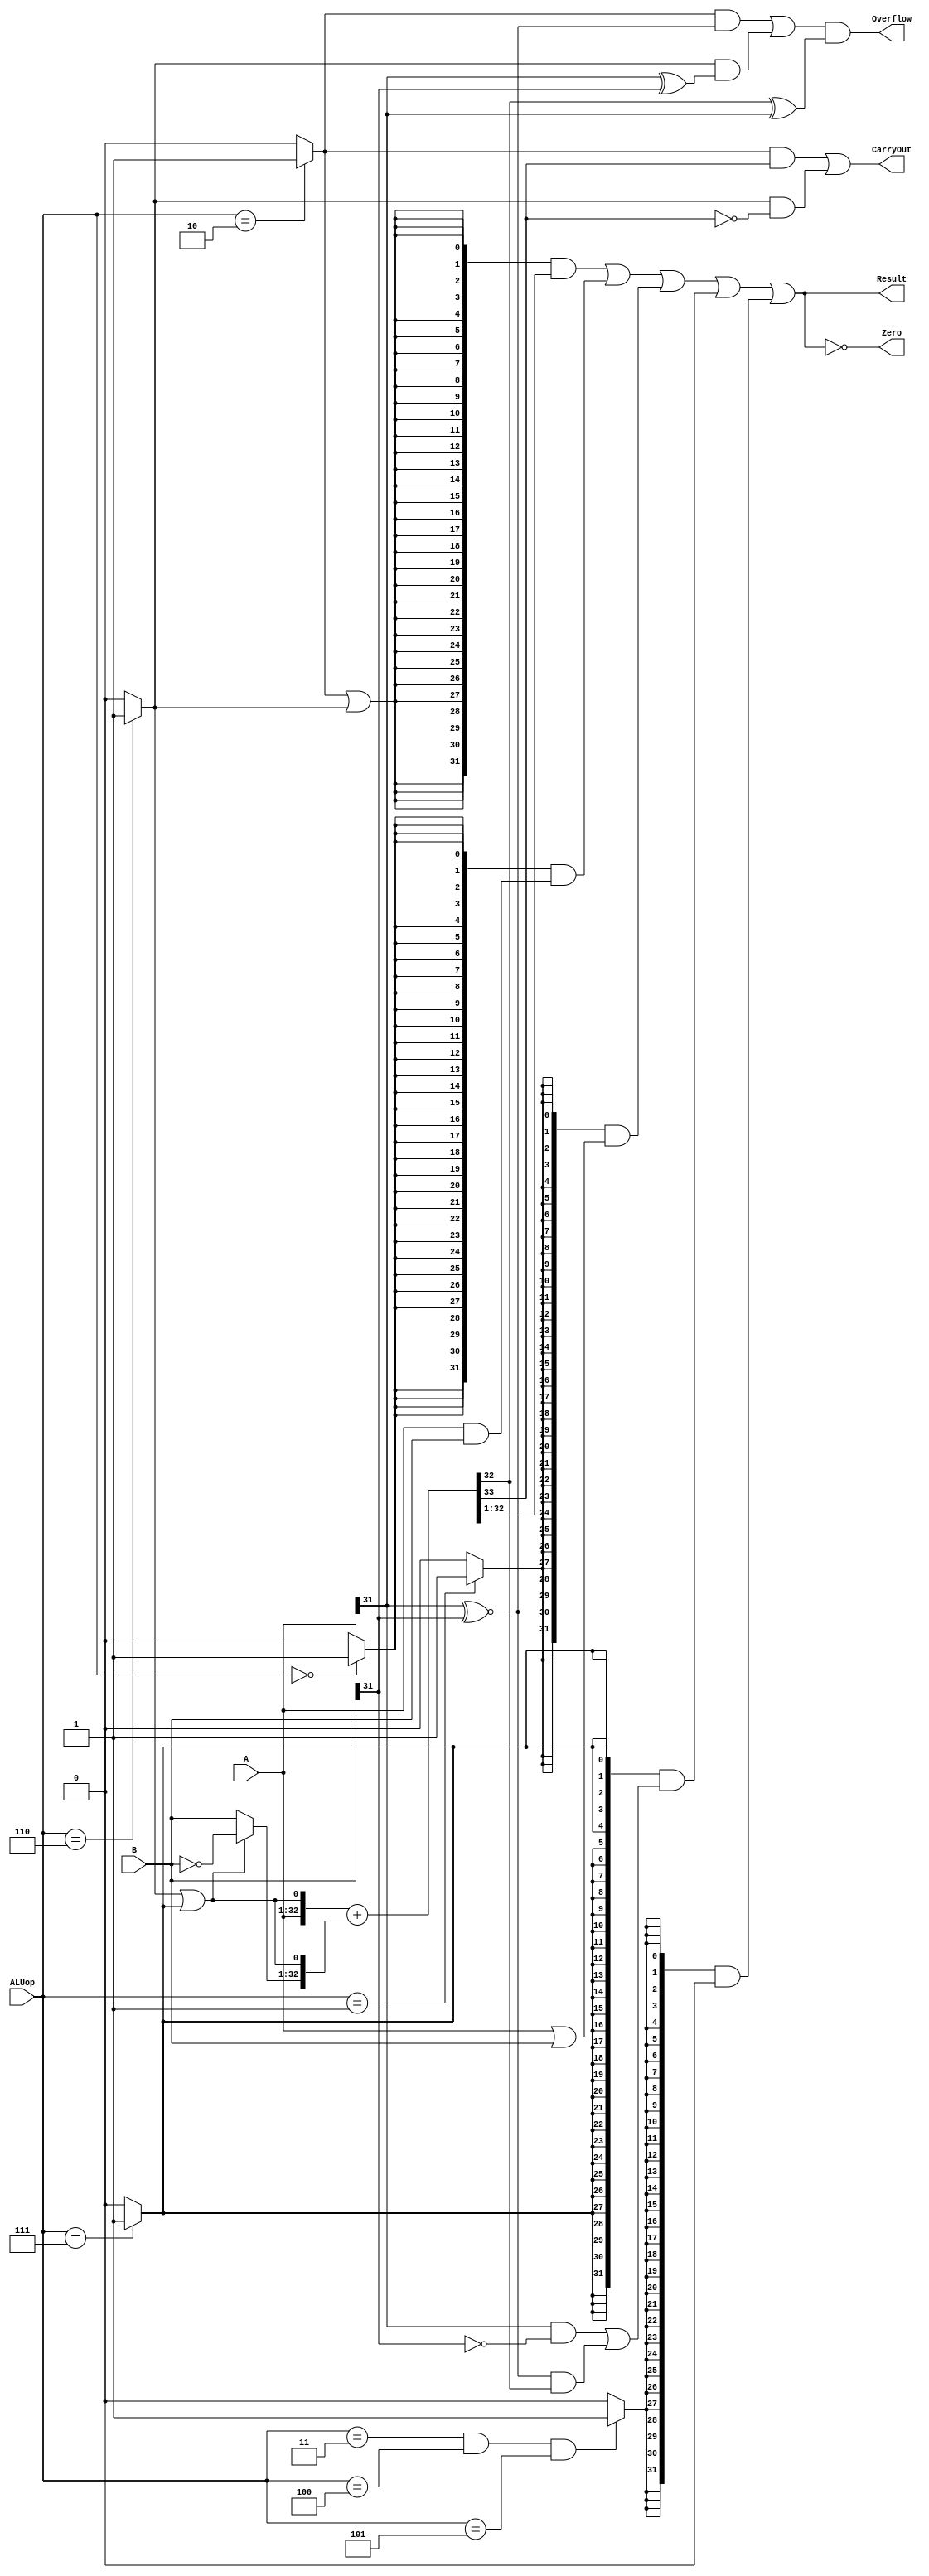
`define DATA_WIDTH 32
`define AND 3'b000
`define OR  3'b001
`define ADD 3'b010
`define SUB 3'b110
`define SLT 3'b111

module alu(
    input [`DATA_WIDTH - 1:0] A,
    input [`DATA_WIDTH - 1:0] B,
    input [2:0] ALUop,
    output Overflow,
    output CarryOut,
    output Zero,
    output [`DATA_WIDTH - 1:0] Result
);

// control code decomposition
wire alu_and ;
wire alu_or  ;
wire alu_add ;
wire alu_sub ;
wire alu_slt ;
wire alu_null;

assign alu_and  = ( ALUop == 3'b000 ) ? 1'b1 : 1'b0;
assign alu_or   = ( ALUop == 3'b001 ) ? 1'b1 : 1'b0;
assign alu_add  = ( ALUop == 3'b010 ) ? 1'b1 : 1'b0;
assign alu_null = ((ALUop == 3'b011 ) &&
                  ( ALUop == 3'b100 ) &&
                  ( ALUop == 3'b101)) ? 1'b1 : 1'b0;   
assign alu_sub  = ( ALUop == 3'b110 ) ? 1'b1 : 1'b0;
assign alu_slt  = ( ALUop == 3'b111 ) ? 1'b1 : 1'b0;

wire [31:0] and_result    ;
wire [31:0] or_result     ;
wire [31:0] add_sub_result;
wire [31:0] slt_result    ;
wire [31:0] null_result   ;

// 32-bit adder
wire [31:0] adder_a     ;
wire [31:0] adder_b     ;
wire [33:0] adder_result;
wire        adder_cin   ;

assign adder_a      = A;
assign adder_b      = (alu_sub | alu_slt) ? ~B : B;
assign adder_cin    = (alu_sub | alu_slt);
assign adder_result = {adder_a,adder_cin} + {adder_b,adder_cin};

// ADD, SUB result
assign add_sub_result = adder_result[32:1];

// SLT result
assign slt_result[31:1] = 31'b0;
assign slt_result[0]    = (A[31]  & ~B[31])
                        | ((A[31] ~^ B[31]) & adder_result[32]);

// bitwise operation
assign and_result = A & B;
assign or_result  = A | B;

// undefined instructions result
assign null_result = 32'b0;

// flag output
assign Overflow = ((alu_add & (A[31] ~^ B[31])) | (alu_sub & (A[31]  ^ B[31]))) & (adder_result[32] ^ A[31]); 
assign CarryOut = (alu_add & adder_result[33])  | (alu_sub & ~adder_result[33]);
assign Zero     = ({Result} == 32'b0);

// final result mux
assign Result = ({32{alu_add | alu_sub}} & add_sub_result)
              | ({32{alu_and          }} & and_result    )
              | ({32{alu_or           }} & or_result     )
              | ({32{alu_slt          }} & slt_result    )
              | ({32{alu_null         }} & null_result   );

endmodule